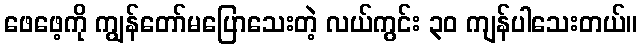
ဖေဖေ့ကို ကျွန်တော်မပြောသေးတဲ့ လယ်ကွင်း ၃၀ ကျန်ပါသေးတယ်။